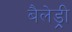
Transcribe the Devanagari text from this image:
बैलेड्री